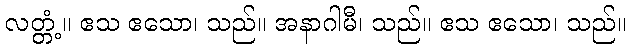
လတ္တံ့။ ဧသ ဧသော၊ သည်။ အနာဂါမီ၊ သည်။ ဧသ ဧသော၊ သည်။